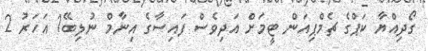
ގޯދިއްޔާ ކަޕްގެ ޗެމްޕިއަން ޓީމަށް އަދިވެސް ފައިސާގެ އިނާމް ނުލިބޭ1 އަހަރު 2